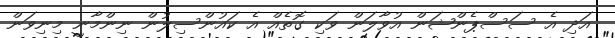
އަދި އެ ސަސްޕެންޝަން އުވާލަން ވަކި ގޮތެއް އެ ކައުންސިލުން ނިންމާނީ މިނިވަން